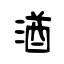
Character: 湭